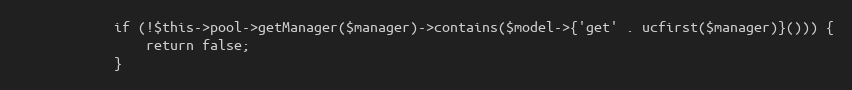
Language: PHP
            if (!$this->pool->getManager($manager)->contains($model->{'get' . ucfirst($manager)}())) {
                return false;
            }